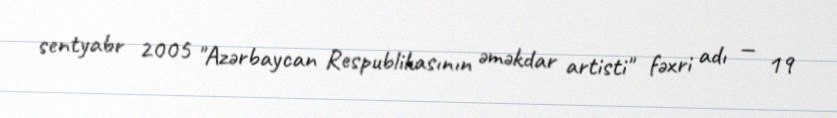
sentyabr 2005 "Azərbaycan Respublikasının əməkdar artisti" fəxri adı — 19